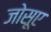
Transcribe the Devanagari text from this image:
जोसूए